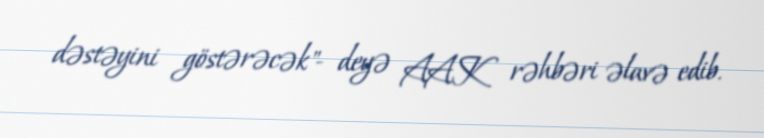
dəstəyini göstərəcək"- deyə AAK rəhbəri əlavə edib.